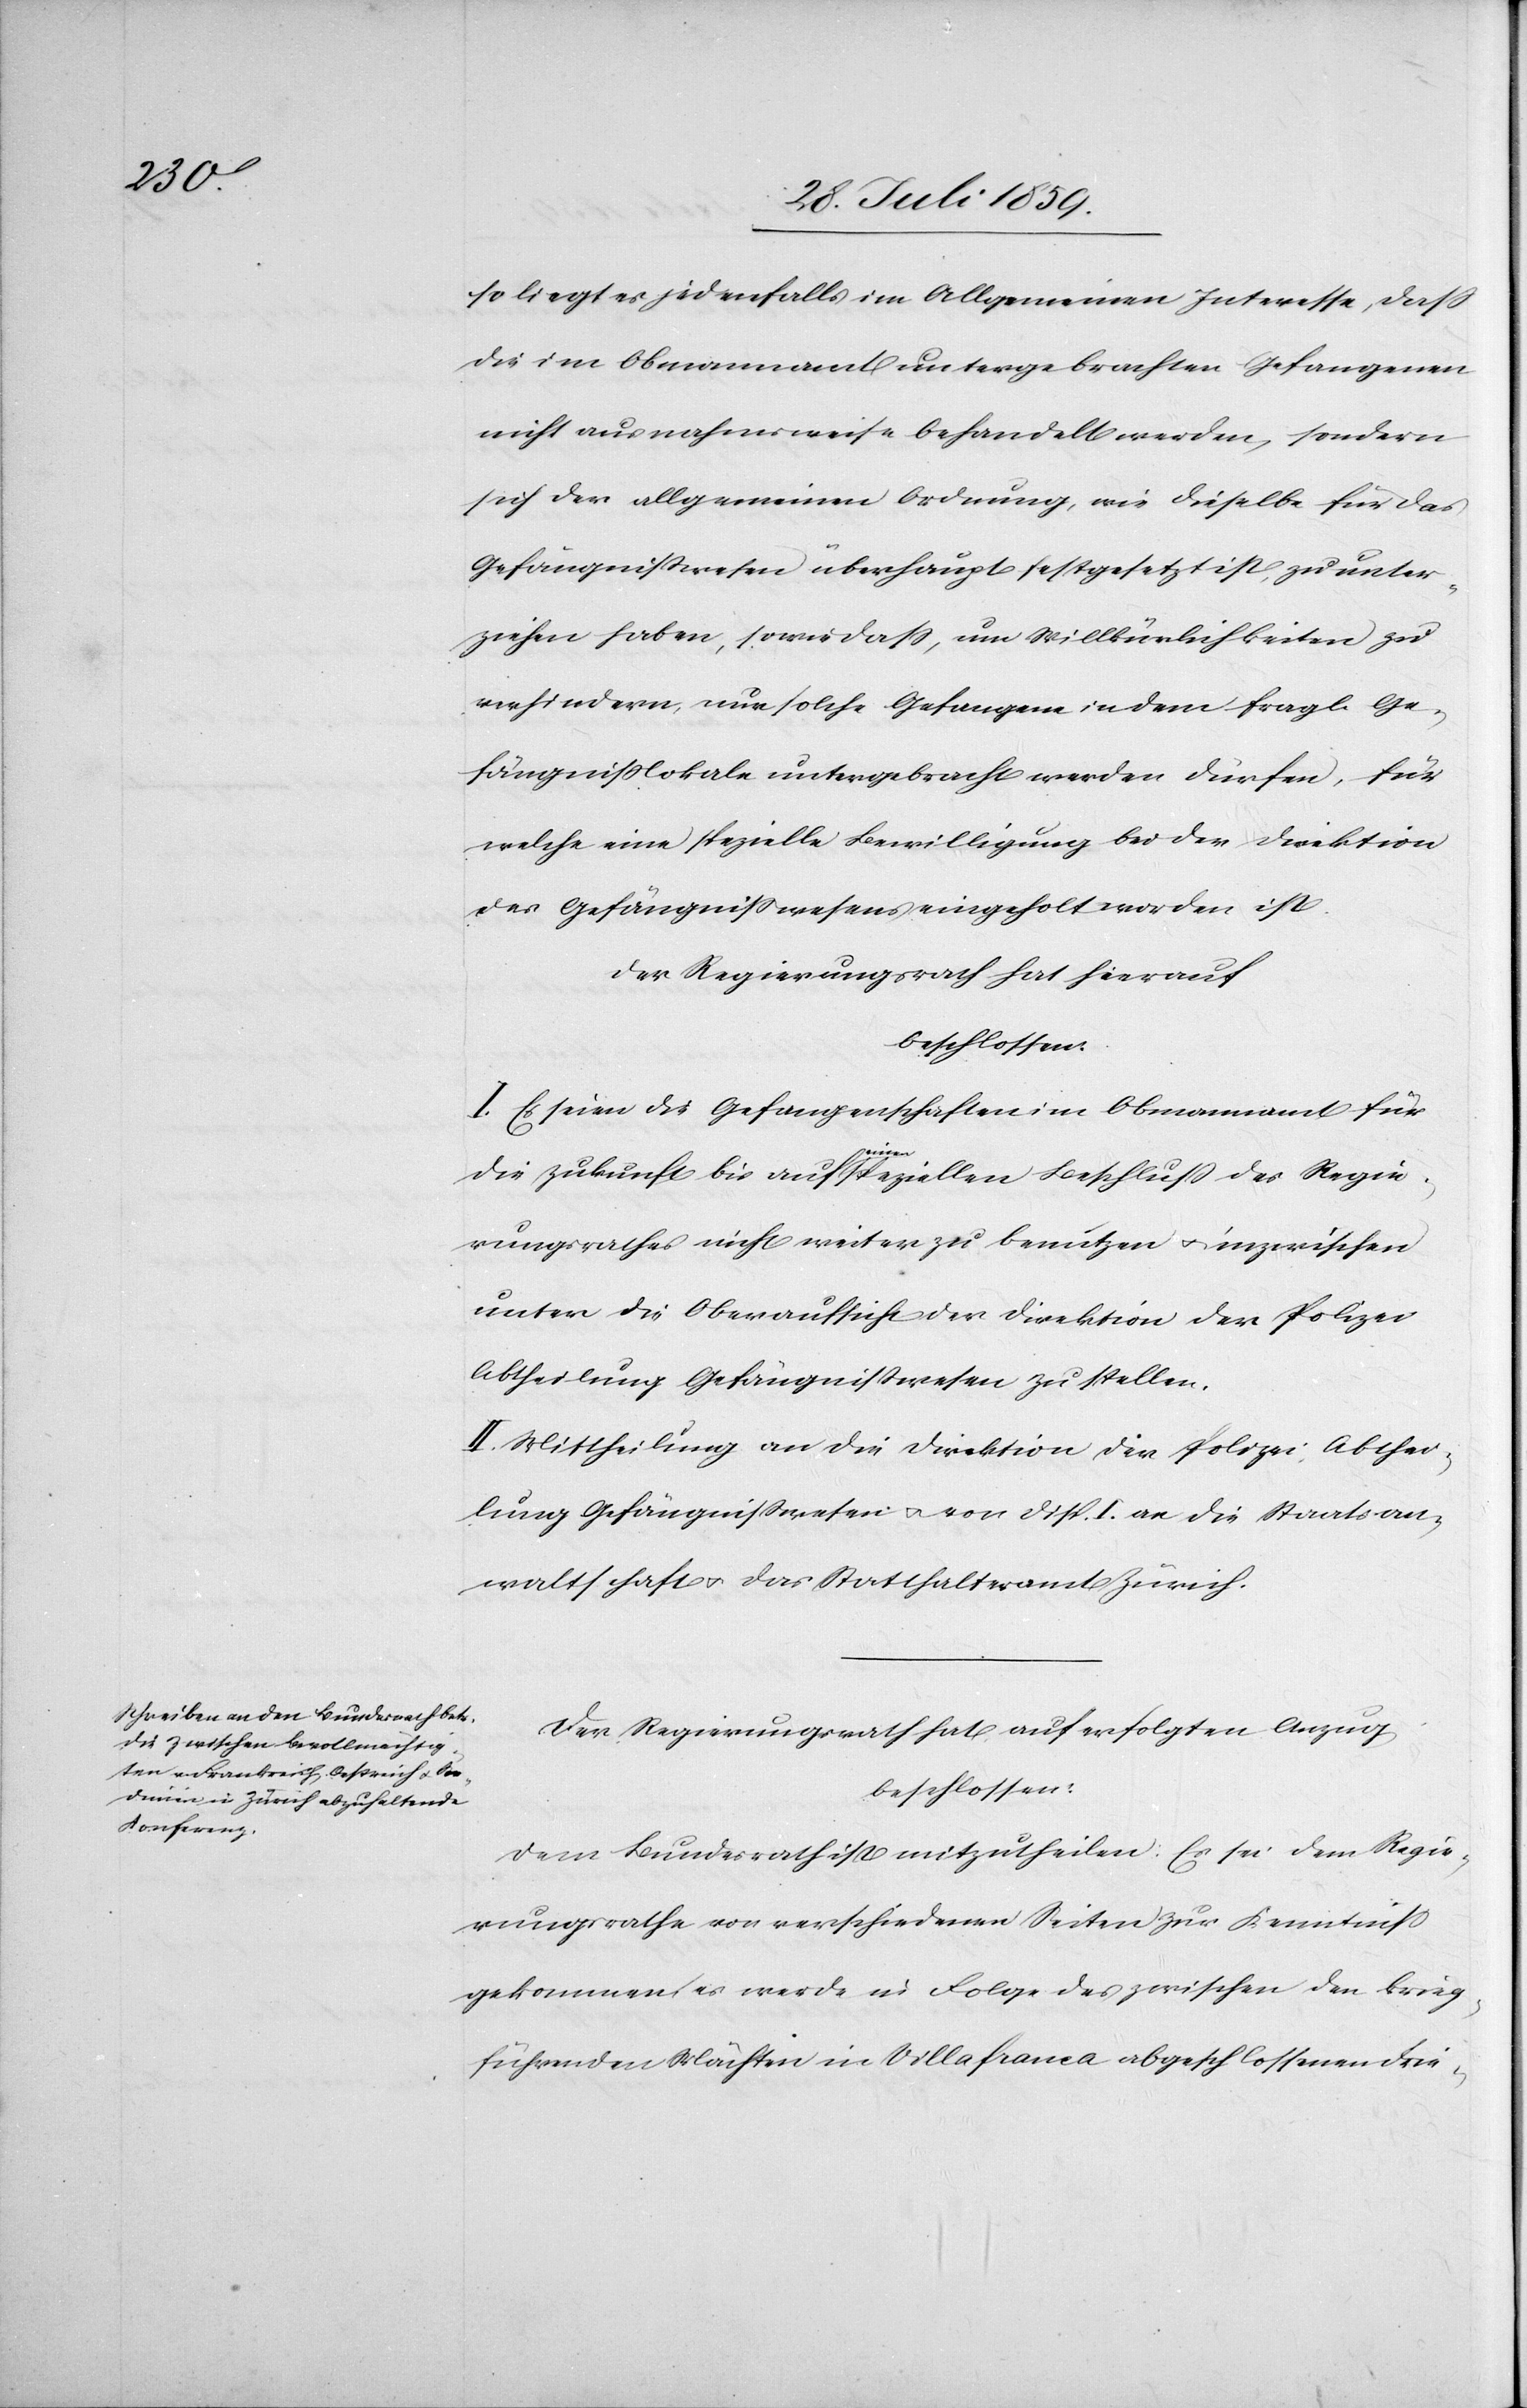
so liegt es jedenfalls im Allgemeinen Interesse, daß
die im Obmannamt untergebrachten Gefangenen
nicht ausnahmsweise behandelt werden, sondern
sich der allgemeinen Ordnung, wie dieselbe für das
Gefängnißwesen überhaupt festgesetzt ist, zu unter¬
ziehen haben, sowie daß, um Willkürlichkeiten zu
verhindern, nur solche Gefangene in dem fragl. Ge¬
fängnißlokale untergebracht werden dürfen, für
welche eine spezielle Bewilligung bei der Direktion
des Gefängnißwesens eingeholt worden ist.
Der Regierungsrath hat hierauf
beschlossen
I. Es seien die Gefangenschaften im Obmannamt für
die Zukunft bis auf einen speziellen Beschluß des Regie¬
rungsrathes nicht weiter zu benutzen u. inzwischen
unter die Oberaufsicht der Direktion der Polizei
Abtheilung Gefängißwesen zu stellen.
II. Mittheilung an die Direktion der Polizei, Abthei¬
lung Gefängnißwesen u. von Disp. I. an die Staatsan¬
waltschaft u. das Statthalteramt Zürich.
Der Regierungsrath hat auf erfolgten Anzug
beschlossen:
Dem Bundesrath ist mitzutheilen: Es sei dem Regie¬
rungsrathe von verschiedenen Seiten zur Kenntniß
gekommen es werde in Folge des zwischen den krieg¬
führenden Mächten in Villafranca abgeschlossenen Frie-